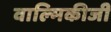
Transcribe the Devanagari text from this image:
वाल्‍मिकीजी